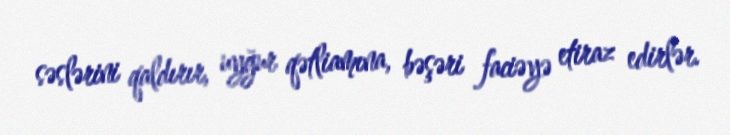
səslərini qaldırır, uyğur qətliamına, bəşəri faciəyə etiraz edirlər.